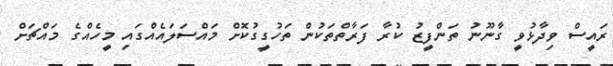
ރައީސް ވިދާޅުވީ ގާނޫނު ތަންފީޒު ކުރާ ފަރާތްތަކުން ތަހުގީގުކޮށް މައްސަލައެއްގައި މީހެއްގެ މައްޗަށް